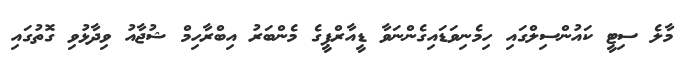
މާލެ ސިޓީ ކައުންސިލްގައި ހިމެނިވަޑައިގެންނަވާ ޑީއާރްޕީގެ މެންބަރު އިބްރާހިމް ޝުޖާއު ވިދާޅުވި ގޮތުގައި